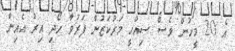
އެ 20 މީހުން ވެސް ސިއްހީ މަރުކަޒުން ފަރުވާ ހޯދި އިރު އެއިން